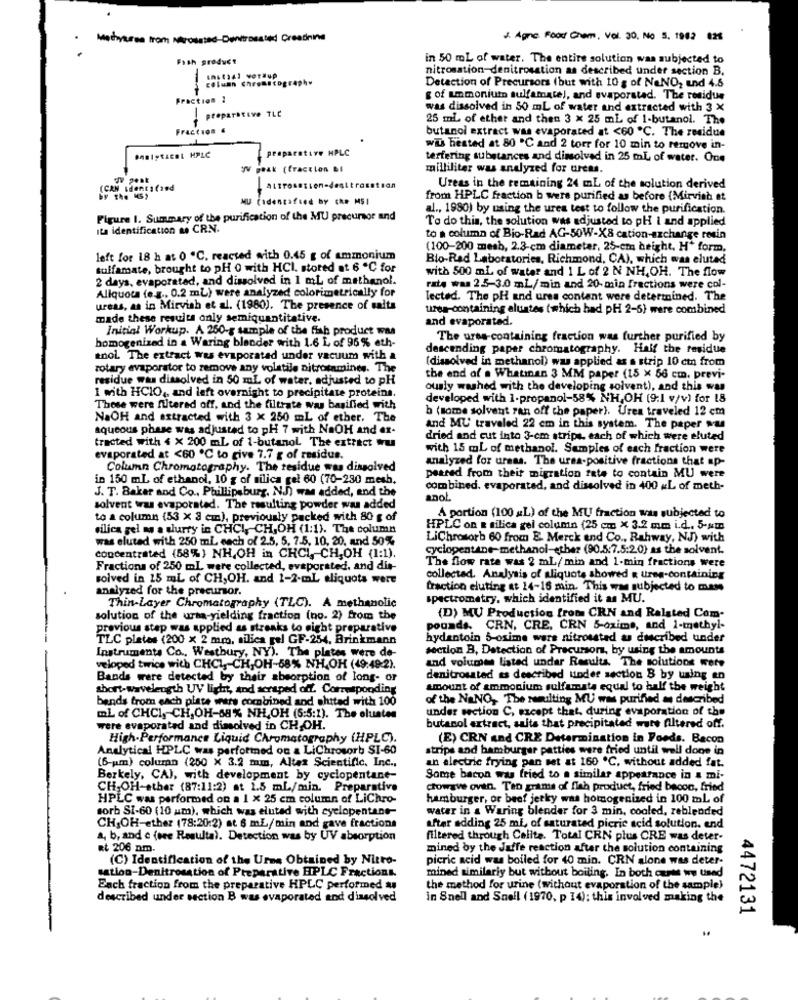
J. Agne. Food Chem, Vol. 30, No 5. 1962 825
Fish product
in 50 ml of water. The entire solution was subjected to
nitronation-denitrosation as described under section B.
column Chromatography
Detection of Precursors (but with 10 g of NaNO, und 4.5
Fraction !
g of ammonium sulfamate), and evaporated. The residue
preparative TLC
was dissolved in 50 ml of water and extracted with 3 X
25 ml of ether and then 3 x 25 ml of 1-butanol. The
Fraccion .
butanol extract was evaporated at <60 ℃. The residue
rative HPLC
wis hested at 80 "℃ and 2 torr for 10 min to remove in-
terfering substances and dinsolved in 25 ml of water. One
IV peak (fraction Bl
milliliter was analyzed for urcas.
(CAN Identifand
Ureas in the remaining 24 mL of the solution derived
by the MS,
Cadenzafied by che MSI
from HPLC fraction b were purified as before (Mirvish at
al ., 1980) by using the ures test to follow the purification.
Figure I. Summary of the purification of the MU precursor and
To do this, the solution was adjusted to pH I and applied
Its identification no CRN.
to a column of Bio-Rad AG-50W-X8 cation-exchange resin
(100-200 mesh, 2.3-cm diameter, 25-cm height. H* form,
left for 18 h at 0 "C. reacted with 0.45 g of ammonium
Bio-Rad Laboratorien, Richmond, CA), which was eluted
sulfamate, brought to pH 0 with HCI, stored at 6 ℃ for
with 500 ml of water and 1 L of 2 N NH,OH. The flow
2 days, evaporated, and dissolved in 1 mL of methanol.
rate was 2.5-3.0 mL/min and 20- min fractions were col-
Allquota (e .g ., 0.2 mL) were analyzed colorimetrically for
Tected. The pH and ures content were determined. The
ureas, as in Mirvish et al. (1980). The presence of salts
urea-containing aluistes ( which had pH 2-5) were combined
made these results only semiquantitative.
and evaporated.
Initial Workup. A 260-g sample of the fish product was
homogenized in a Waring blender with 1.6 L of 96% eth-
The urss-containing fraction was further purified by
descending paper chromatography. Half the residue
anol. The extract was evaporated under vacuum with a
(dissolved in methanol) was applied az a strip 10 cm from
rotary evaporator to remove any volatile nitrotamines. The
residue was dissolved in 50 ml of water, adjusted to pH
the end of a Whatinan 3 MM paper (15 x 66 cm, previ-
ously washed with the developing solvent), and this was
1 with HCIO ,, and left overnight to precipitate proteins.
developed with 1-propanol-58% NH,OH (9:1 v/v) for 18
These were filtered off, and the filtrate was basified with
b (some solvent ran off the paper). Urea traveled 12 cm
NaOH and extracted with 3 x 250 mL of ether. The
aqueous phase was adjusted to pH 7 with NaOH and ex-
and MU traveled 22 cm in this system. The paper was
dried and cut into 3-cm strips, each of which were eluted
tracted with 4 x 200 ml of 1-butanol The extract wu
with 15 mL of methanol. Samples of each fraction were
evaporated at <60 ℃ to give 7.7 g of residue.
analyzed for urnas. The urea-positive fractions that ap-
Column Chromatography. The residue was dissolved
in 150 ml of ethanol, 10 g of silica gel 60 (70-230 mesh.
peared from their migration fate to contain MU were
J. T. Baker and Co ., Phillipsburg, N.J) was added, and the
combined. evaporated, and dissolved in 400 «L of meth-
anol
solvent was evaporated. The resulting powder was added
to a column (53 x 3 cm), previously packed with 80 g of
A portion (100 a:L) of the MU fraction was subjected to
silica gel as a slurry in CHCI, CH,OH (1:1). The column
HPLC on & silica gel column (25 cm × 3.2 mm i.d .. 5-um
was eluted with 250 ml each of 2.5. 5. 7.5, 10. 20, and 50%
LiChrosorb 60 from E. Merck and Co ., Rahway, NJ) with
cyclopentane-methanol-ether (90.5.7.5:2.0) as the solvent.
concentrated (58%) NH,OH in CHCI, CH,OH (1:1).
Fractions of 250 ml were collected, evaporated, and dis-
The flow rate was 2 mL/min and 1-min fractions were
solved in 15 mL of CH,OH. and 1-2-mL aliquota were
collected. Analysis of aliquots showed a tree-containing
analyzed for the precursor.
traction eluting at 14-16 min. This was subjected to mame
spectrometry, which identified it as MU.
Thin-Layer Chromatography (TLC). A methanolic
solution of the urta-yielding fraction (no. 2) from the
(D) MU Production from CRN and Ralsted Com-
previous step was applied as streaks to eight preparative
pounds. CRN, CRE, CRN 5-oxime, and 1-methyl-
TLC plates (200 x 2 mm, silica gel GF-254, Brinkmann
hydantoin 5-osime ware nitrosstad as ducribed under
Instruments Co ., Westbury, NY). The plates were de-
section B, Detection of Precursor, by using the amounts
and volumen listed undar Results. The solutions wete
veloped twice with CHCI ,- CH,OH-58% NH.OH (49:49-2).
Bands were detected by their absorption of long- or
denitrosated as described linder section B by using en
short-wavelength UV light, and scraped off. Corresponding
amount of ammonium sulfamats equal to half the weight
bands from each plate wars combined and shited with 100
of the NaNO, The mamulting MU was purified a described
under section C, scept that, during evaporation of the
mL of CHCI, CH,OH-68% NH,OH (6:5:1). The olustes
were evaporated and dimolved in CH,OH.
butanol extract, salts that precipitated wate filtered off.
High-Performance Liquid Chromatography (HPLC).
(E) CRN and CRE Determination in Foods. Bacon
Analytical HPLC was performed on a LiChrosorb SI-60
strips and hamburger patties were fried until well done in
(6-um) column (250 X 3.2 mm, Altea Scientific, Inc .,
an electric frying pan set at 160 ℃, without added fat.
Berkely, CA), with development by cyclopentane-
Some bacon was fried to a similar appearance in a mi-
CH,OH-ather (87:11:2) at 1.5 mL/min. Preparative
chowave oven. Ten grama of fish product, fried bacon, fried
HPLC was performed on a 1 x 25 cm column of LiChro-
hamburger, or beef jerky was homogenized in 100 ml of
sorb SI-60 (10 um), which was elutad with cyclopentane-
water in a Waring blender for 3 min, cooled, reblended
CH,OH-ether (78:20:2) at 6 mL/min and gave fractions
after adding 25 ml, of saturated picric acid solution. end
a, b, and c (ore Resulta). Detection was by UV absorption
filtered through Calita. Total CRN plus CRE was deter-
Rt 206 nm.
mined by the Jaffe reaction after the solution containing
(C) Identification of the Urme Obtained by Nitro-
picric acid was boiled for 40 min. CRN alone was deter-
sation-Denitrosation of Preparative HPLC Fractions.
mined similariy but without boiling. In both costs ww used
Each fraction from the preparative HPLC performed a
the method for urine (without evaporation of the sample)
described under section B was evaporated and dissolved
in Snell and Snell (1970, p 14); this involved making the
4472131